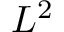
L ^ { 2 }